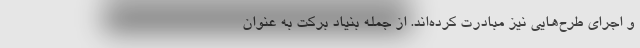
و اجراي طرح‌هايي نيز مبادرت كرده‌اند. از جمله بنياد بركت به عنوان